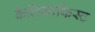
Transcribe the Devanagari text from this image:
केलिग्राफिस्ट